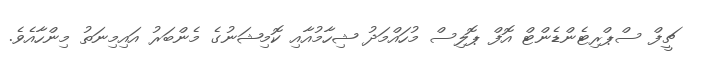
ޗީފް ސްޕްރިޓެންޑެންޓް އޮފް ޕޮލިސް މުހައްމަދު ޝިހާމުއާއި ކޮމިޝަނުގެ މެންބަރު އައިމިނަތު މިންހާއެވެ.